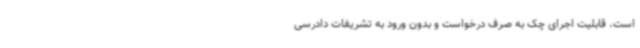
است، قابلیت اجرای چک به صرف درخواست و بدون ورود به تشریفات دادرسی